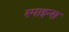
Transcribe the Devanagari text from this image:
स्पाइन्स